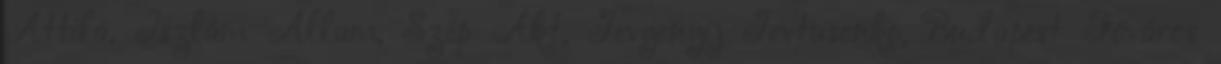
Attila, Iszlám Állam, Szép Akt, Jevgenyij Jevtusenko, Budapest Főváros